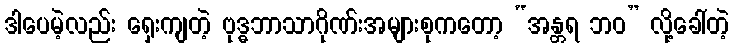
ဒါပေမဲ့လည်း ရှေးကျတဲ့ ဗုဒ္ဓဘာသာဂိုဏ်းအများစုကတော့ “အန္တရ ဘဝ” လို့ခေါ်တဲ့